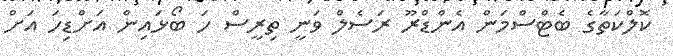
ކޮލްކަތާގެ ބެޓްސްމަން އެންޑްރޫ ރަސެލް ވަނީ ތިރީސް ހަ ބޯޅައިން އަށްޑިހަ އަށް